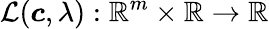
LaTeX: \mathcal{L}(\boldsymbol{c},\lambda):\mathbb{R}^{m}\times\mathbb{R}\rightarrow\mathbb{R}